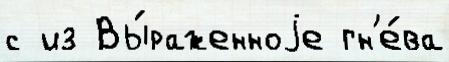
с из Вы́раженноjе гн'е́ва